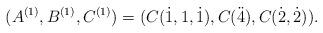
LaTeX: \begin{align*} (A^{(1)},B^{(1)},C^{(1)})=(C(\dot1,1,\dot1),C(\ddot4),C(\dot2,\dot2)). \end{align*}